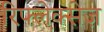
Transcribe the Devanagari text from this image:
रिफ्ल़ेक्सेज़